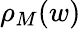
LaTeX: \rho_{M}(w)